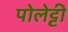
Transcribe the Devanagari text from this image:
पोलेट्टी